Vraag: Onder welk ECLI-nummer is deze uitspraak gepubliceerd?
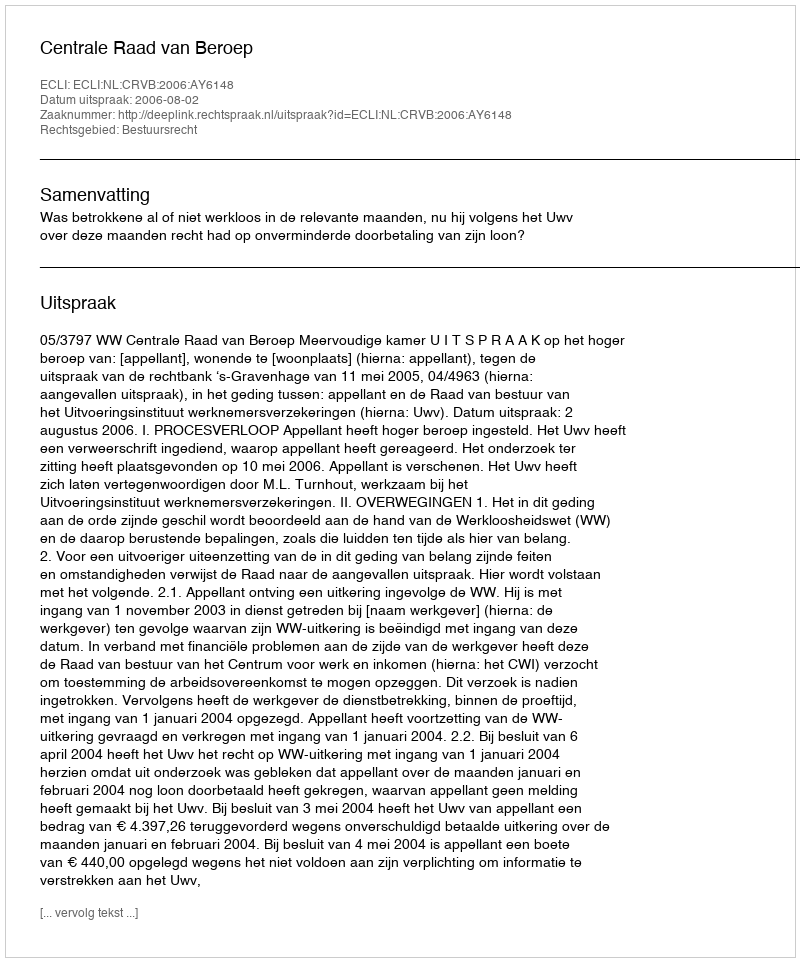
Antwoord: ECLI:NL:CRVB:2006:AY6148